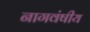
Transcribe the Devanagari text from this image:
नागवंषीय